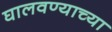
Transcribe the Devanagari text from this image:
घालवण्याच्या